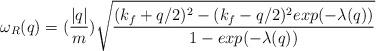
LaTeX: \begin{align*}\omega_{R}(q) = (\frac{ |q| }{m})\sqrt{ \frac{ (k_{f} + q/2)^{2} - (k_{f} - q/2)^{2}exp(-\lambda(q)) }{ 1 - exp(-\lambda(q)) } }\end{align*}